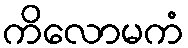
ကိလောမကံ